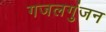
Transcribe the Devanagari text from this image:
गजलगुंजन